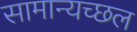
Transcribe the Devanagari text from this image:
सामान्यच्छल